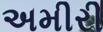
અમીરી